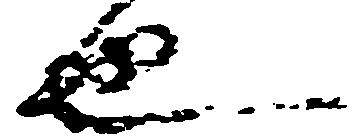
也